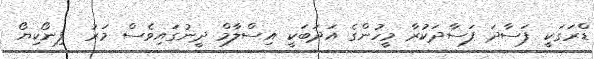
ޑްރަގަކީ ފަސާދަ ފަސާދަކުރާ މީހުންގެ އަދަބަކީ އިސްލާމް ދީނުގައިވެސް މަރު  ފިނޯކިޔޯ